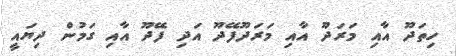
ހިތަދޫ އާއި މަރަދޫ އާއި މަރަދޫފޭދޫ އަދި ފޭދޫ އާއި ގަމުން ދިޔައީ